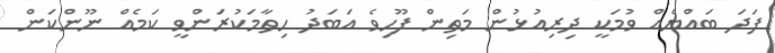
ފަދަ ބައްޔެއް ވުމަކީ ދިރިއުޅުން މަތިން ފޫހިވެ އަބަދު ހިތާމަކުރަންވީ ކަމެއް ނޫންކަން